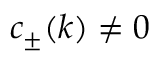
c _ { \pm } ( k ) \neq 0